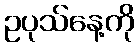
ဥပုသ်နေ့ကို